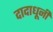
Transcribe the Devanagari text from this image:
दादाधूनी